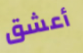
أعشق